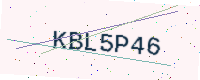
Text: KBL5P46